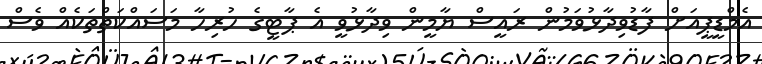
އެމްޑީޕީއަށް ފާޑުވިދާޅުވަމުން ރައީސް ޔާމީން ވިދާޅުވީ އެ ޕާޓީގެ ހުރިހާ މަސައްކަތްތަކެއް ވެސް